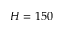
H = 1 5 0